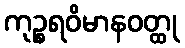
ကုဉ္စရဝိမာနဝတ္ထု